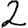
Digit: 2